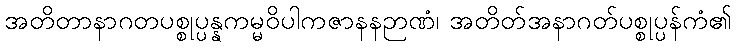
အတိတာနာဂတပစ္စုပ္ပန္နကမ္မဝိပါကဇာနနဉာဏံ၊ အတိတ်အနာဂတ်ပစ္စုပ္ပန်ကံ၏